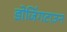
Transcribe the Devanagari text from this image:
डोजिंगटाउन